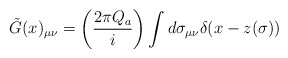
\begin{align*}\tilde{G}(x)_{\mu\nu}=\left(\frac{2\pi Q_a}{i}\right)\int d\sigma_{\mu\nu}\delta (x-z(\sigma ))\end{align*}